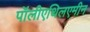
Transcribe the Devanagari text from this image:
पॉलीएथिलएमीन